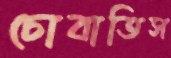
চোবাতিস